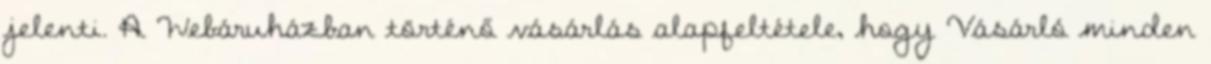
jelenti. A Webáruházban történő vásárlás alapfeltétele, hogy Vásárló minden